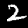
Label: 2